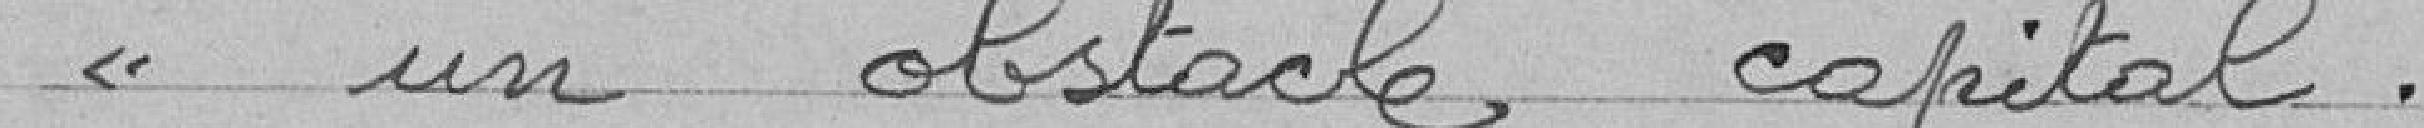
"un obstacle capital.